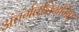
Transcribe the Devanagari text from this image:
अंतर्गतनिगमित